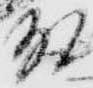
殿